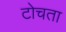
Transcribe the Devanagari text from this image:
टोचता